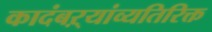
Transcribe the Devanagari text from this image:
कादंबऱ्यांव्यतिरिक्त